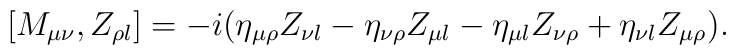
[ M_{\mu\nu}, Z_{\rho\l}]  = -i (\eta_{\mu\rho} Z_{\nu\l}- \eta_{\nu\rho} Z_{\mu\l} -\eta_{\mu\l} Z_{\nu\rho} + \eta_{\nu\l} Z_{\mu\rho} ).